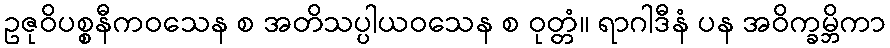
ဥဇုဝိပစ္စနီကဝသေန စ အတိသပ္ပါယဝသေန စ ဝုတ္တံ။ ရာဂါဒီနံ ပန အဝိက္ခမ္ဘိကာ